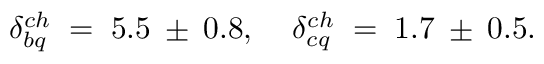
\delta _ { b q } ^ { c h } \; = \; 5 . 5 \: \pm \: 0 . 8 , \; \; \; \; \delta _ { c q } ^ { c h } \; = \; 1 . 7 \: \pm \: 0 . 5 .